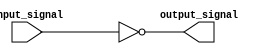
module inverting_buffer(
    input wire input_signal,
    output reg output_signal
);

always @*
begin
    output_signal = ~input_signal;
end

endmodule